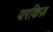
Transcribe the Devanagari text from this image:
यरकिज़